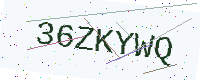
Text: 36ZKYWQ